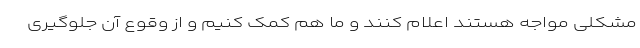
مشکلی مواجه هستند اعلام کنند و ما هم کمک کنیم و از وقوع آن جلوگیری